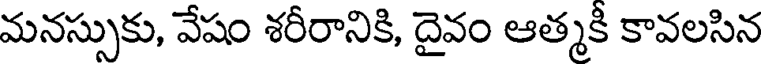
మనస్సుకు, వేషం శరీరానికి, దైవం ఆత్మకి కావలసిన